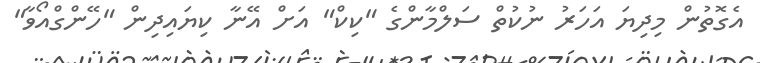
އެގޮތުން މިދިޔަ އަހަރު ނުކުތް ސަލްމާންގެ "ކިކް" އަށް އޭނާ ކިޔައިދިން "ހޭންގްއޯވާ"